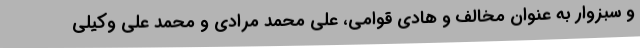
و سبزوار به عنوان مخالف و هادی قوامی، علی محمد مرادی و محمد علی وکیلی